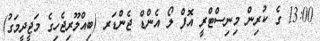
13:00 ގެ ކުރިން މިނިސްޓްރީ އޮފް ލޯ އެންޑް ޖެންޑަރ (ބިއްލޫރިޖެހިގެ މަޖީދީމަގު)